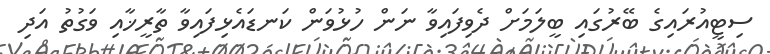
ސިޓީއުރައިގެ ބޭރުގައި ބީލަމަށް ދެވިފައިވާ ނަން ހުޅުވަން ކަނޑައެޅިފައިވާ ތާރީޚާއި ވަގުތު އަދި